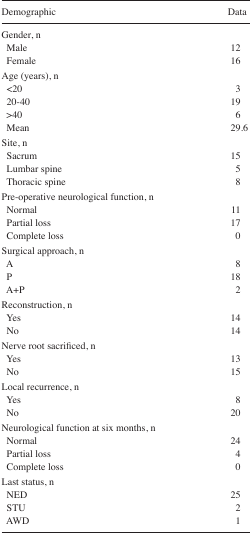
| Demographic | Data |
 | --- | --- |
 | Gender, n |  |
 | Male | 12 |
 | Female | 16 |
 | Age (years), n |  |
 | <20 | 3 |
 | 20–40 | 19 |
 | >40 | 6 |
 | Mean | 29.6 |
 | Site, n |  |
 | Sacrum | 15 |
 | Lumbar spine | 5 |
 | Thoracic spine | 8 |
 | Pre-operative neurological function, n |  |
 | Normal | 11 |
 | Partial loss | 17 |
 | Complete loss | 0 |
 | Surgical approach, n |  |
 | A | 8 |
 | P | 18 |
 | A+P | 2 |
 | Reconstruction, n |  |
 | Yes | 14 |
 | No | 14 |
 | Nerve root sacrificed, n |  |
 | Yes | 13 |
 | No | 15 |
 | Local recurrence, n |  |
 | Yes | 8 |
 | No | 20 |
 | Neurological function at six months, n |  |
 | Normal | 24 |
 | Partial loss | 4 |
 | Complete loss | 0 |
 | Last status, n |  |
 | NED | 25 |
 | STU | 2 |
 | AWD | 1 |